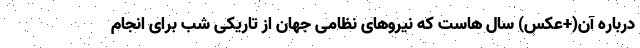
درباره آن(+عکس) سال هاست که نیروهای نظامی جهان از تاریکی شب برای انجام